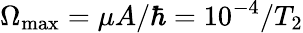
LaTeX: \Omega_{\textrm{max}}=\mu A/\hbar=10^{-4}/T_{2}